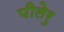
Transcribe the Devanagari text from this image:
पीलेरु